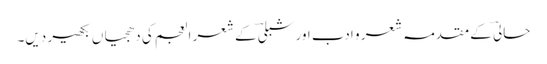
حالیؔ کے مقدمہ شعر و ادب اور شبلیؔ کے شعر العجم کی دھجیاں بکھیر دیں۔